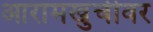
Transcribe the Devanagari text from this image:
आरामखुर्चीवर